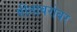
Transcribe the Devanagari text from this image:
गीताबरोबर